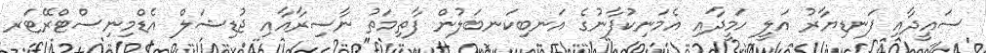
ސައީދާއި ފަނޑިޔާރު އަލީ ހަމީދާއި އެމަނިކުފާނުގެ އަނބިކަނބަލުން ފާތިމަތު ނާސިރާއާއި ޖުޑިޝަލް އެޑްމިނިސްޓްރޭޓަރ